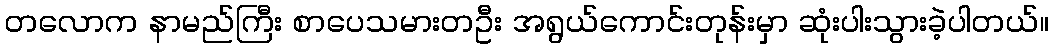
တလောက နာမည်ကြီး စာပေသမားတဦး အရွယ်ကောင်းတုန်းမှာ ဆုံးပါးသွားခဲ့ပါတယ်။